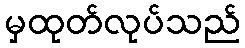
မှထုတ်လုပ်သည်